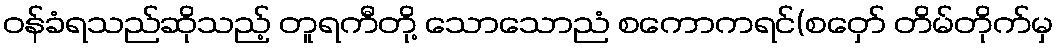
ဝန်ခံရသည်ဆိုသည့် တူရကီတို့ သောသောညံ စကောကရင်(စဝှော် တိမ်တိုက်မှ